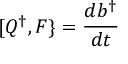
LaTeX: [ Q ^ { \dagger } , F \} = { \frac { d b ^ { \dagger } } { d t } }